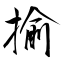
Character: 揄